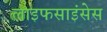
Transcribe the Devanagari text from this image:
लाइफसाइंसेस